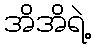
အိအိရဲ့